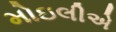
મોઇલીએ